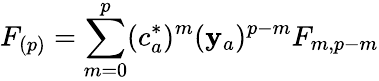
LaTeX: F_{(p)}=\sum_{m=0}^{p}(c_{a}^{*})^{m}(\mathbf{y}_{a})^{p-m}F_{m,p-m}